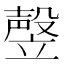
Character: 𰩩